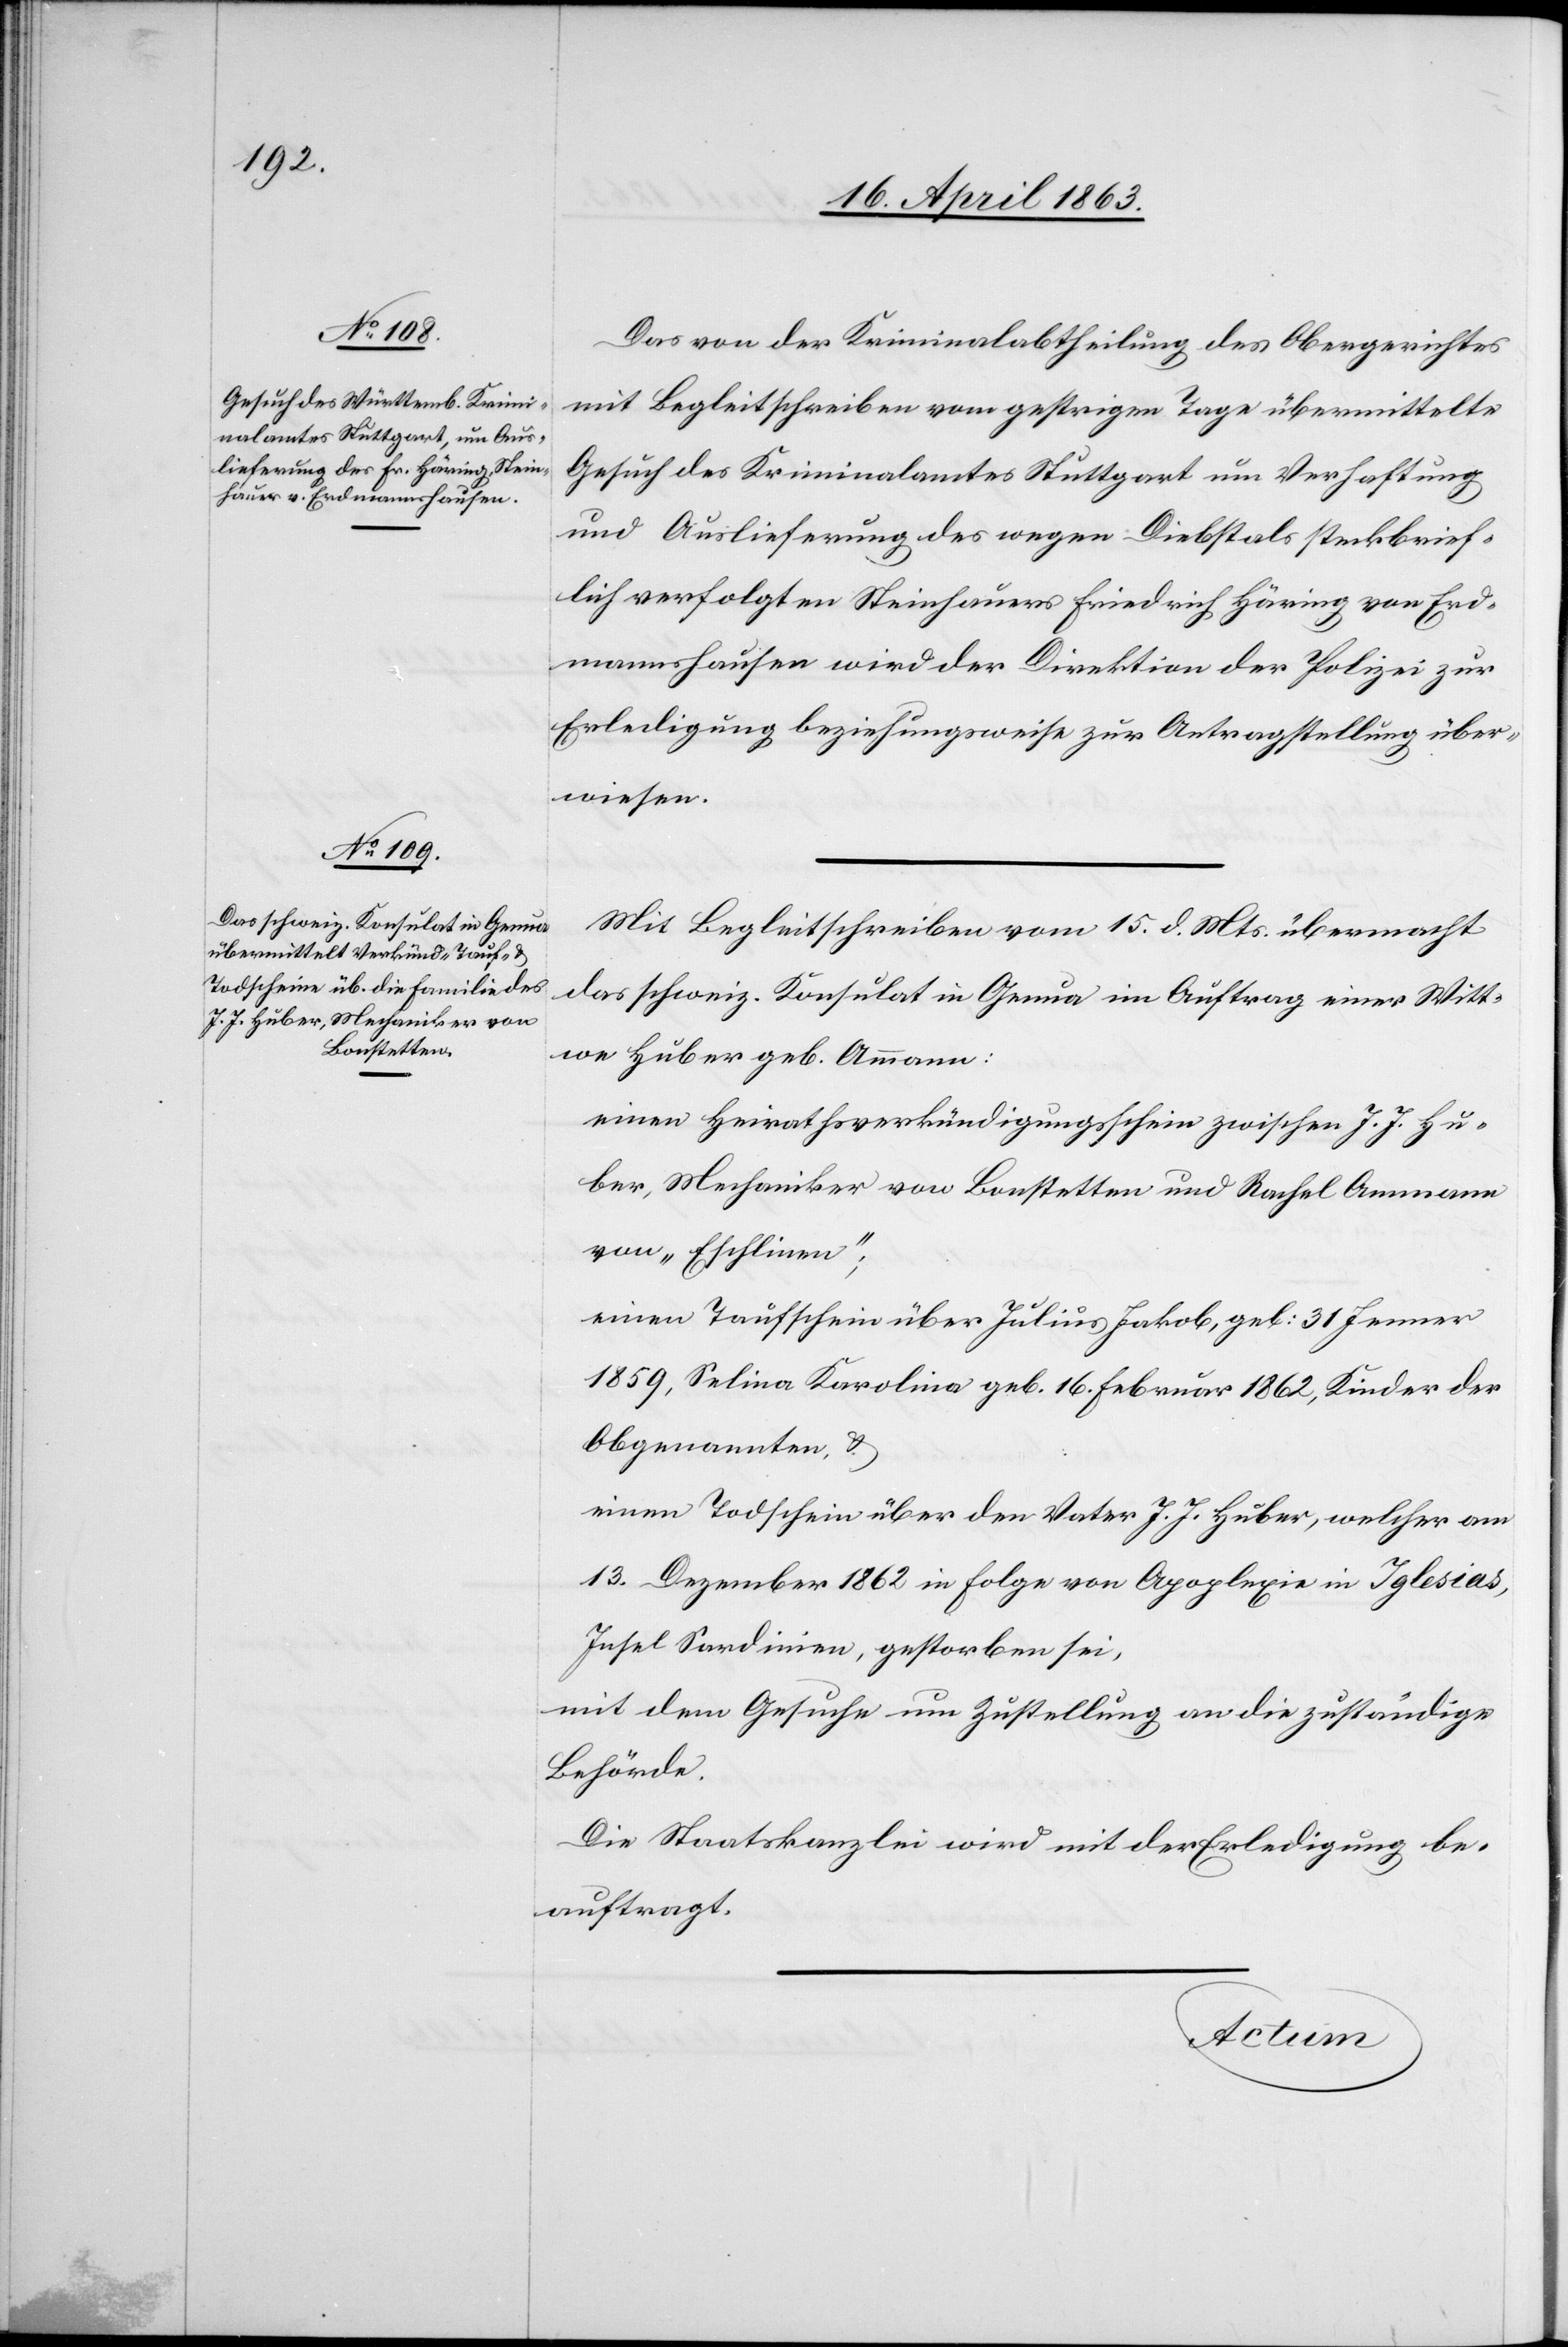
18. April 1863.]
Das von der Kriminalabtheilung des Obergerichtes
mit Begleitschreiben vom gestrigen Tage übermittelte
Gesuch des Kriminalamtes Stuttgart um Verhaftung
und Auslieferung des wegen Diebstals steckbrief¬
lich verfolgten Steinhauers Friedrich Häring von Erd¬
mannshausen wird der Direktion der Polizei zur
Erledigung beziehungsweise zur Antragstellung über¬
wiesen.
Mit Begleitschreiben vom 15. d. Mts. übermacht
das schweiz. Konsulat in Genua im Auftrag einer Witt¬
we Huber geb. Ammann:
einen Heirathsverkündigungsschein zwischen J. J. Hu¬
ber, Mechaniker von Bonstetten und Rachel Ammann
von „Eschlinen“;
einen Todschein über Julius Jakob, geb: 31 Jenner
1859, Selina Karolina geb. 16. Februar 1862, Kinder der
Obgenannten, &
einen Todschein über den Vater J. J. Huber, welcher am
13. Dezember 1862 in Folge von Apoplexie in Iglesias,
Insel Sardinien, gestorben sei,
mit dem Gesuche um Zustellung an die zuständige
Behörde.
Die Staatskanzlei wird mit der Erledigung be¬
auftragt.